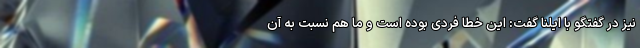
نیز در گفتگو با ایلنا گفت: این خطا فردی بوده است و ما هم نسبت به آن